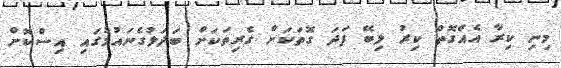
މިނި ކިރާ އެއްގޮތް ކިރު ލިބޭ ފަދަ ގޮތަކަށް ގެރިތަކަށް ބަދަލުގެނައުމުގައި އިސްކޮށް